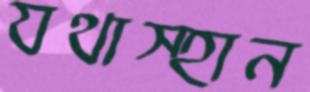
যথাস্হান